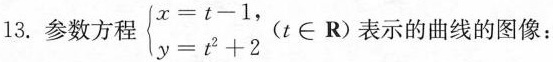
13.参数方程$$\left\{ \begin{matrix} x=t-1, \\ y=t^{2}+2\end{matrix} \right.(t\in R)$$表示的曲线的图像：